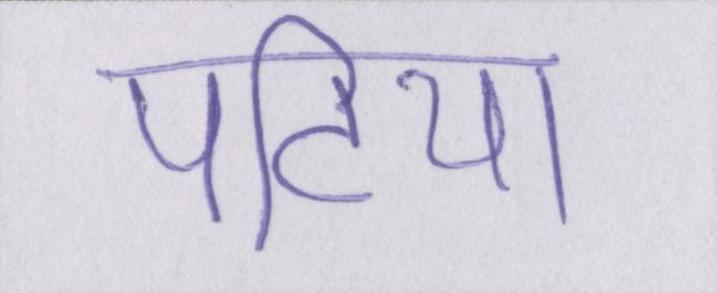
पटिया